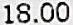
18.00